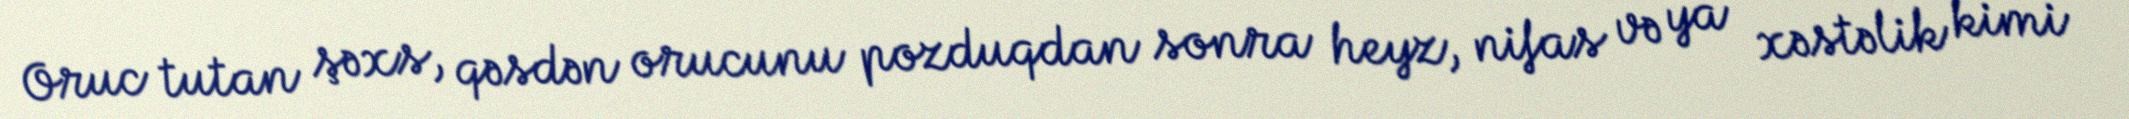
Oruc tutan şəxs, qəsdən orucunu pozduqdan sonra heyz, nifas və ya xəstəlik kimi